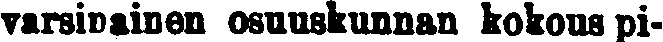
varsipainen osuuskunnan kokous pi-